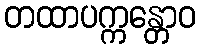
တထာပက္ကန္တောဝ